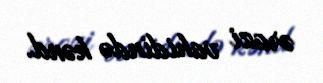
ərazi vahidində kənd.